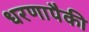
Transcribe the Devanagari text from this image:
धरणापैकी